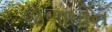
જળાધીન